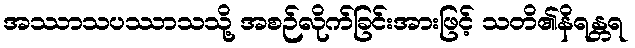
အဿာသပဿာသသို့ အစဉ်လိုက်ခြင်းအားဖြင့် သတိ၏နိရန္တရ